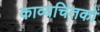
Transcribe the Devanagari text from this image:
काव्यचिंतकों